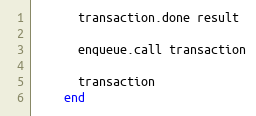
Language: Ruby
      transaction.done result

      enqueue.call transaction

      transaction
    end